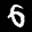
Label: 6